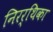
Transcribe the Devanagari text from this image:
निरर्थिका